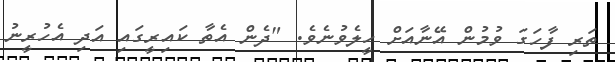
ތަރި ފާހަގަ ވުމުން އޭނާއަށް ހީލެވުނެވެ. "ދެން އެތާ ކައިރީގައި އަދި އެހުރީނު